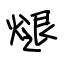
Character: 煺